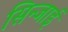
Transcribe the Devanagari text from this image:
सिन्जाई